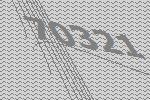
70321